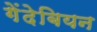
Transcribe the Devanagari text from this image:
गेंदेबियन